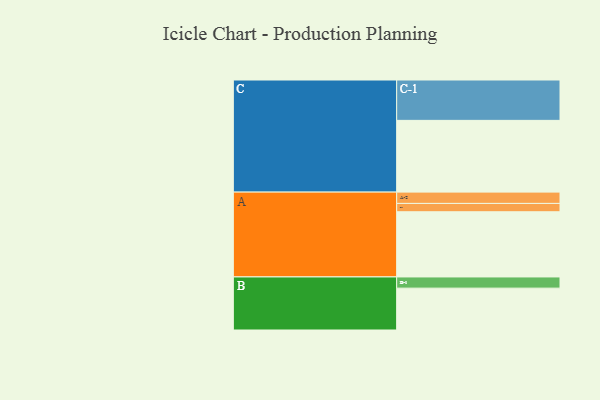
{"axis": {"x": "Segment", "y": "Value"}, "legend": ["", "A", "B", "C"], "data": [{"x": "A", "y": 478, "type": ""}, {"x": "B", "y": 307, "type": ""}, {"x": "C", "y": 526, "type": ""}, {"x": "A-1", "y": 61, "type": "A"}, {"x": "A-2", "y": 83, "type": "A"}, {"x": "B-1", "y": 82, "type": "B"}, {"x": "C-1", "y": 296, "type": "C"}]}